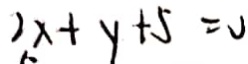
2 x + y + 5 = 0